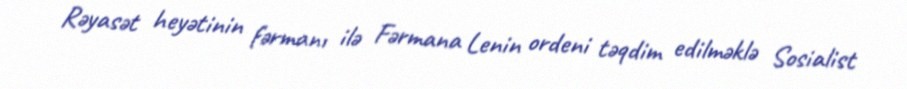
Rəyasət heyətinin fərmanı ilə Fərmana Lenin ordeni təqdim edilməklə Sosialist